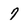
Character: 7